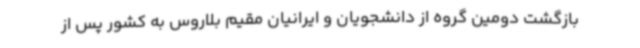
بازگشت دومین گروه از دانشجویان و ایرانیان مقیم بلاروس به کشور پس از